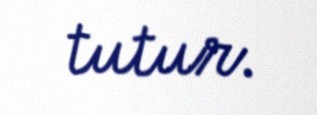
tutur.